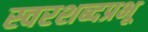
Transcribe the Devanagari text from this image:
स्वरशब्दप्रभू